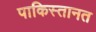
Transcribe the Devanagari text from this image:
पाकिस्तानत